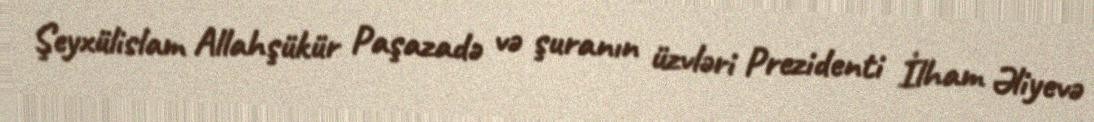
Şeyxülislam Allahşükür Paşazadə və şuranın üzvləri Prezidenti İlham Əliyevə